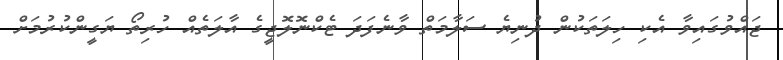
ޖައްވުގައިވާ އެކި ހިލަތަކުން ދުނިޔެ ސަލާމަތް ވާނެފަދަ ޓެކްނޮލޮޖީގެ އާލަތެއް ހުރިތޯ ޔަގީންކުރުމަށް